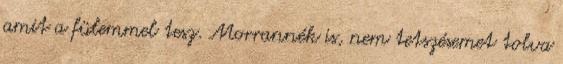
amit a fülemmel tesz. Morrannék is, nem tetszésemet tolva